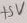
Text: +5V